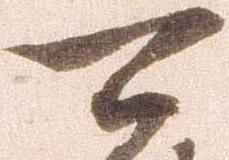
可